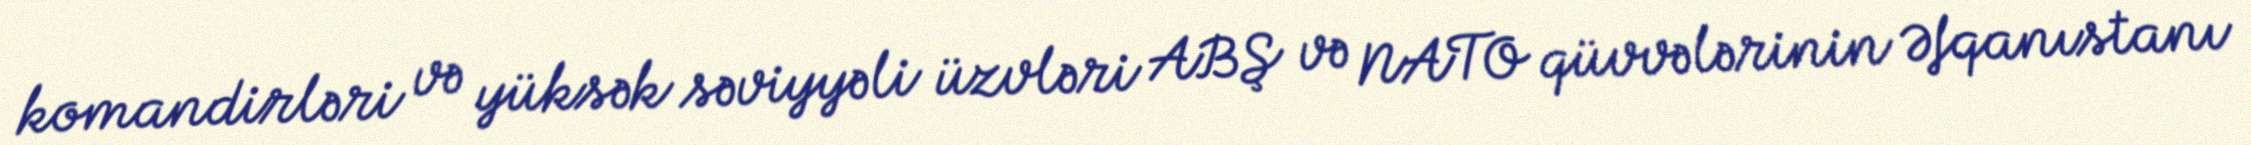
komandirləri və yüksək səviyyəli üzvləri ABŞ və NATO qüvvələrinin Əfqanıstanı